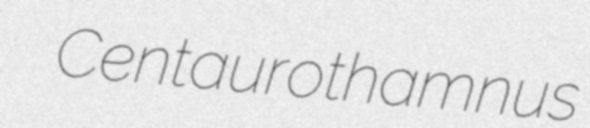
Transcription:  Centaurothamnus